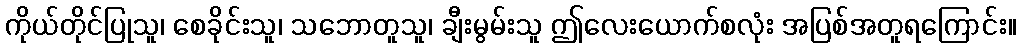
ကိုယ်တိုင်ပြုသူ၊ စေခိုင်းသူ၊ သဘောတူသူ၊ ချီးမွမ်းသူ ဤလေးယောက်စလုံး အပြစ်အတူရကြောင်း။